Statistics compiled by the Government of India from the reports of provincial Civil Veterinary Departments
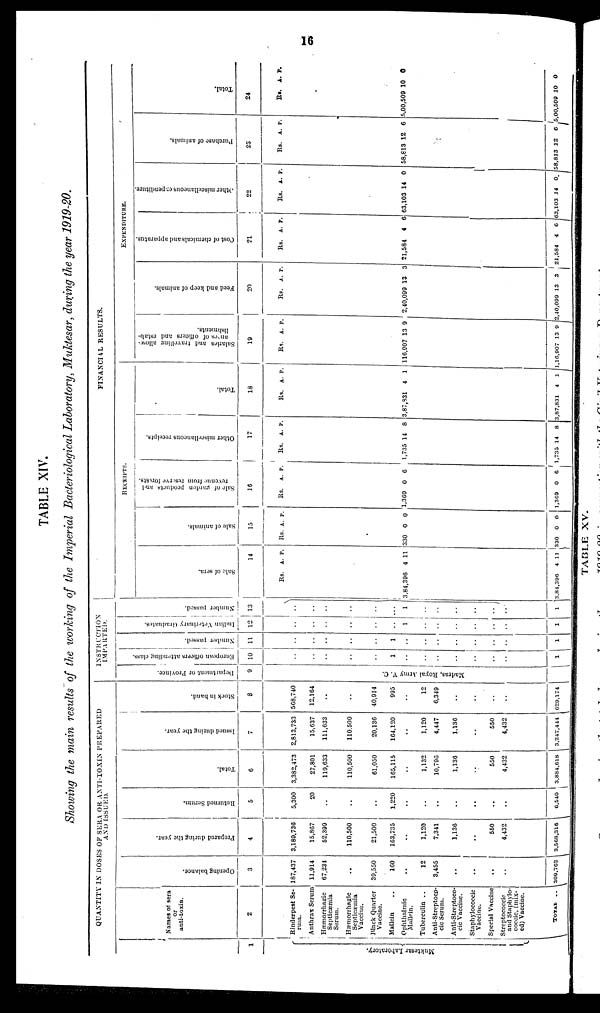
16
TABLE XIV.
Showing the main results of the working of the Imperial Bacteriological Laboratory, Muktesar, during the year 1919-20.
1
Mukte s a r Labor at or y
QUANTITY IN DOSES OF SERA OR ANTI-TOXIN PREPARED
AND ISSUED.
Names of sera
or
anti-toxin.
2
Rinderpest Se-
rum.
Anthrax Serum
Hæmorrhagic
Septicæmia
Serum.
Hæmorrhagic
Septicæmia
Vaccine.
Black Quarter
Vaccine.
Mallein ..
Ophthalmic
Mallein.
Tuberculin ..
Anti-Streptoco-
cic Serum.
Anti-Streptoco-
cic Vaccine.
Staphylococcic
Vaccine.
Special Vaccine
Streptococcic
and Staphylo-
coccic, (mix-
ed) Vaccine.
TOTAL ..
Opening balance.
3
187,437
11,914
67,234
..
39,550
160
..
12
3,455
..
..
..
..
309,762
Prepared during the year.
4
3,189,736
15,867
52,399
110,500
21,500
163,735
..
1,120
7,341
1,136
..
550
4,432
3,568,316
Returned Serum.
5
5,300
20
..
..
..
1,220
..
..
..
..
..
..
..
6,540
Total.
6
3,382,473
27,801
119,633
110,500
61,050
165,115
..
1,132
10,796
1,136
..
550
4,432
3,884,618
Issued during
the year.
7
2,813,733
15,637
111,633
110,500
20,136
164,120
..
1,120
4,447
1,136
..
550
4,432
3,247,444
Stock in hand.
8
568,740
12,164
..
..
40,914
995
..
12
6,349
..
..
..
..
629,174
INSTRUCTION
IMPARTED.
Department
or Province.
9
Madr as , Royal Ar my V. C.
European officers attending class.
10
..
..
..
..
..
1
..
..
..
..
..
..
..
1
Number passed.
11
..
..
..
..
..
1
..
..
..
..
..
..
..
1
Indian Veterinary Graduates.
12
..
..
..
..
..
..
1
..
..
..
..
..
..
1
Number passed.
13
..
..
..
..
..
...
1
..
..
..
..
..
..
1
FINANCIAL RESULTS.
RECEIPTS.
Sale of sera.
14
Rs.
3,84,396
3,84,396
A.
4
4
P.
11
11
Sale of animals.
15
Rs.
330
330
A.
0
0
P.
0
0
Sale of garden products and
r
e ve nue f
r
om r es er ve f or est s.
16
Rs.
1,369
1,369
A.
0
0
P.
6
6
Ot her miscellaneous receipts.
17
Rs.
1,735
1,735
A.
14
14
P.
8
8
Total.
18
Rs.
3,87,831
3,87,831
A.
4
4
P.
1
1
EXPENDITURE.
Sal ar i
es and t
r avel l
i
ng al l
ow-
ances of officers and estab-
l
i
s hment s .
19
Rs.
116,907
1,16,907
A.
13
13
P.
9
9
Feed and keep of animals.
20
Rs.
2,40,099
2,40,099
A.
13
13
P.
3
3
Cost of chemicals and apparatus.
21
Rs.
21,584
21,584
A.
4
4
P.
6
6
Ot her miscellaneous expenditure.
22
Rs.
63,103
63,103
A.
14
14
P.
0
0
Pur c ha s e of animals.
23
Rs.
58,813
58,813
A.
12
12
P.
6
6
Tot al .
24
Rs.
5,00,509
5,00,509
A.
10
10
P.
0
0